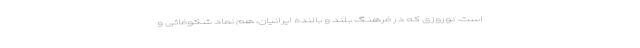
است. نوروزی که در فرهنگ بلند و بالنده ایرانیان، هم نماد شکوفائی و